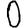
Digit: 0